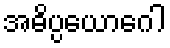
အဓိပ္ပယောဂေါ